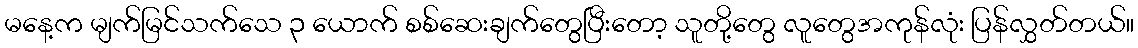
မနေ့က မျက်မြင်သက်သေ ၃ ယောက် စစ်ဆေးချက်တွေပြီးတော့ သူတို့တွေ လူတွေအကုန်လုံး ပြန်လွှတ်တယ်။